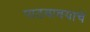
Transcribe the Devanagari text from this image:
पाठवावयाचे